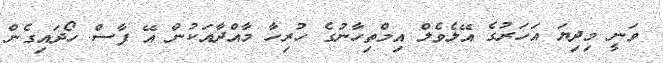
ވަނީ މިދިޔަ އަހަރުގެ އޭލެވެލް އިމްތިހާނުގެ ހުރިހާ މާއްދާއަކުން އޭ ފާސް ހޯދައިގެން